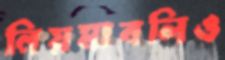
নিয়মাবলিও